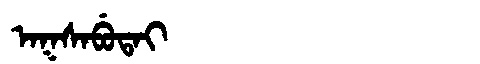
Manchu: ᠠᡴᠰᠠᠪᡠᡨᠠᡳ
Romanization: AKSABUTAI